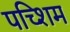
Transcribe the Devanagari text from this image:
पच्शिम